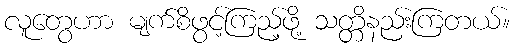
လူတွေဟာ မျက်စိဖွင့်ကြည့်ဖို့ သတ္တိနည်းကြတယ်။